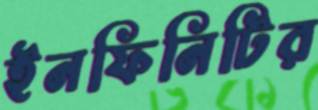
ইনফিনিটির